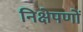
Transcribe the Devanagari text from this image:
निक्षेपणों